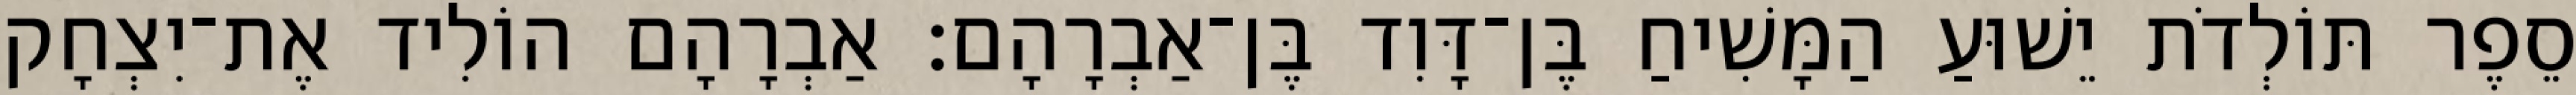
סֵפֶר תּוֹלְדֹת יֵשׁוּעַ הַמָּשִׁיחַ בֶּן־דָּוִד בֶּן־אַבְרָהָם׃ אַבְרָהָם הוֹלִיד אֶת־יִצְחָק